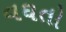
વઘતો